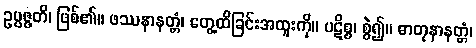
ဥပ္ပဇ္ဇတိ၊ ဖြစ်၏။ ဖဿနာနတ္တံ၊ တွေ့ထိခြင်းအထူးကို။ ပဋိစ္စ၊ စွဲ၍။ ဓာတုနာနတ္တံ၊